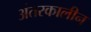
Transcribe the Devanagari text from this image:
अंतरकालीन